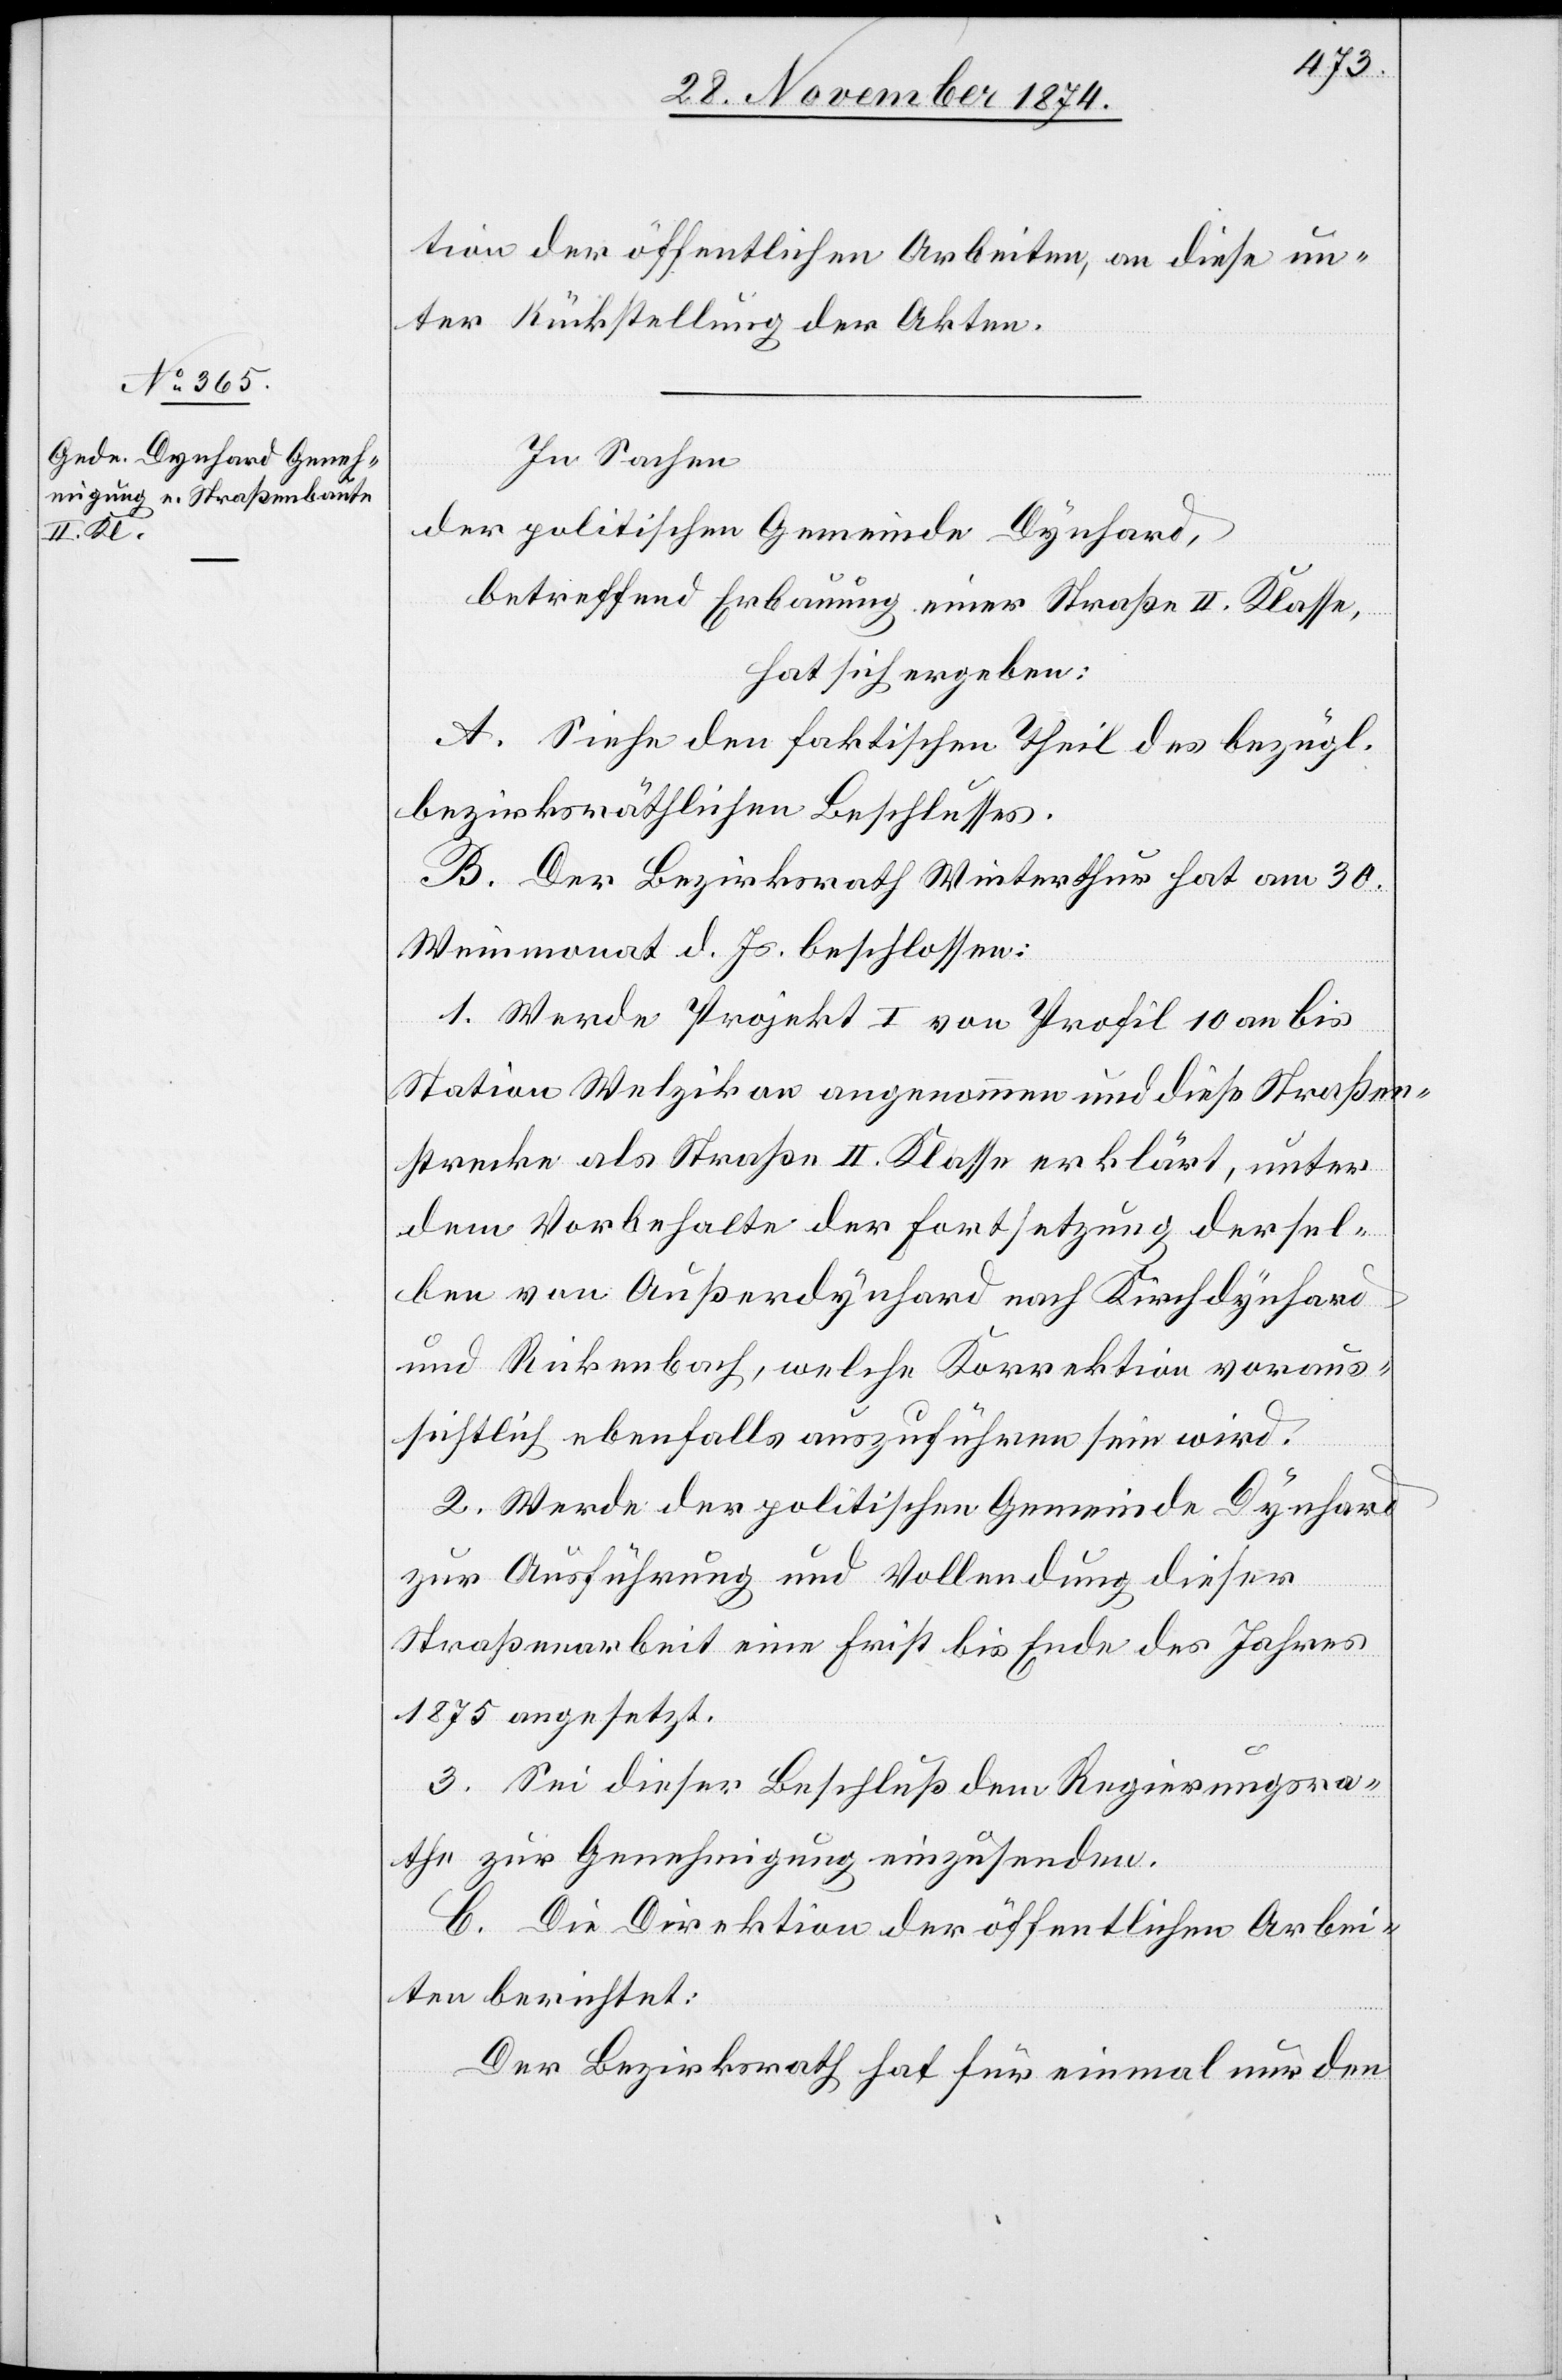
tion der öffentlichen Arbeiten, an diese un¬
ter Rückstellung der Akten.
In Sachen
der politischen Gemeinde Dynhard,
betreffend Erbauung einer Straße II. Klasse,
hat sich ergeben:
A. Siehe den faktischen Theil des bezügl.
bezirksräthlichen Beschlusses.
B. Der Bezirksrath Winterthur hat am 30.
Weinmonat d. Js. beschlossen:
1. Werde Projekt I von Profil 10 an bis
Station Welzikon angenommen und diese Straßen¬
strecke als Straße II. Klasse erklärt, unter
dem Vorbehalte der Fortsetzung dersel¬
ben von Außerdynhard nach Kirchdynhard
und Rickenbach, welche Korrektion voraus¬
sichtlich ebenfalls auszuführen sein wird.
2. Werde der politischen Gemeinde Dynhard
zur Ausführung und Vollendung dieser
Straßenarbeit eine Frist bis Ende des Jahres
1875 angesetzt.
3. Sei dieser Beschluß dem Regierungsra¬
the zur Genehmigung einzusenden.
C. Die Direktion der öffentlichen Arbei¬
ten berichtet:
Der Bezirksrath hat für einmal unter den